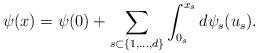
LaTeX: \begin{align*}\psi(x)=\psi(0)+\sum_{s\subset \{1,\ldots,d\}}\int_{0_s}^{x_s} d\psi_s(u_s).\end{align*}